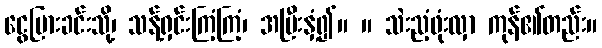
ငွေပြားခင်းသို့၊ သန့်ရှင်းကြံ့ကြံ့၊ အပြီးနှံ့၍။ ။ သဲးညံ့ဖုံးလှာ ကုန်၏တည်း။